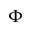
\Phi